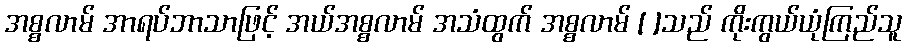
အစ္စလာမ် အာရပ်ဘာသာဖြင့် အယ်အစ္စလာမ် အသံထွက် အစ္စလာမ် [ ]သည် ကိုးကွယ်ယုံကြည်သူ